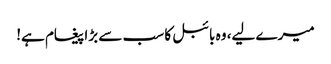
میرے لیے، وہ بائبل کا سب سے بڑا پیغام ہے!